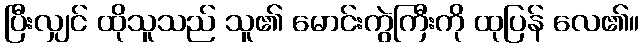
ပြီးလျှင် ထိုသူသည် သူ၏ မောင်းကွဲကြီးကို ထုပြန် လေ၏။